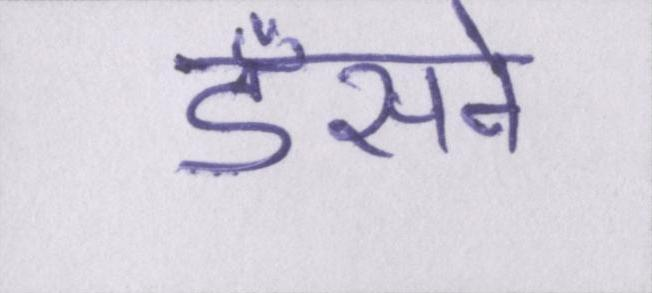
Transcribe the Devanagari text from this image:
डँसने